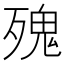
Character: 㱱